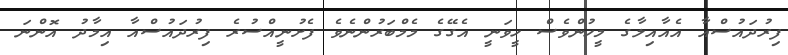
ފިރުދައުސްއާ އެއާއިލާގެ މީހުންވެސް ހީވަނީ އެގޭގެ މެމްބަރުންނެވެ ފެށުނީއްސުރެ ފިރުދައުސްއާ އިމާދު އޮންނަ